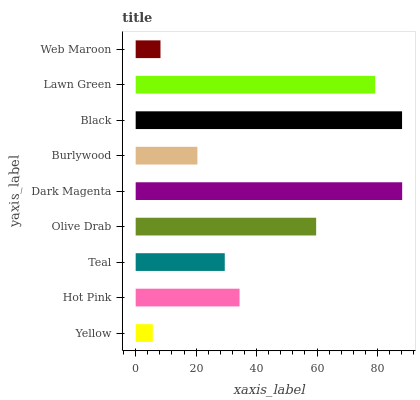
| yaxis_label | bars |
 | --- | --- |
 | Yellow | 5.67 |
 | Hot Pink | 34.4 |
 | Teal | 29.5 |
 | Olive Drab | 59.7 |
 | Dark Magenta | 88.2 |
 | Burlywood | 20.4 |
 | Black | 88.1 |
 | Lawn Green | 79.2 |
 | Web Maroon | 8.21 |